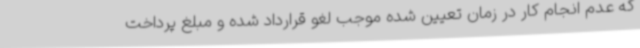
که عدم انجام کار در زمان تعیین شده موجب لغو قرارداد شده و مبلغ پرداخت